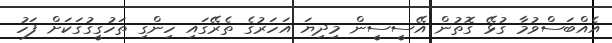
އެއްބަސްވުމާ ގުޅޭ ގޮތުން އޭސީސީން މިދިޔަ އަހަރުގެ ތެރޭގައި ހިންގި ތަހުގީގުގަކަށް ފަހު